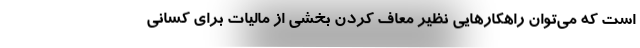
است که می‌توان راهکارهایی نظیر معاف کردن بخشی از مالیات برای کسانی